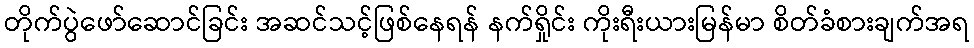
တိုက်ပွဲဖော်ဆောင်ခြင်း အဆင်သင့်ဖြစ်နေရန် နက်ရှိုင်း ကိုးရီးယားမြန်မာ စိတ်ခံစားချက်အရ